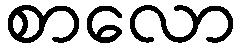
စာလော